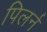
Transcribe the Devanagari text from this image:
पिलर्न